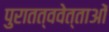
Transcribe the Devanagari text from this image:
पुरातत्ववेत्‍ताओं